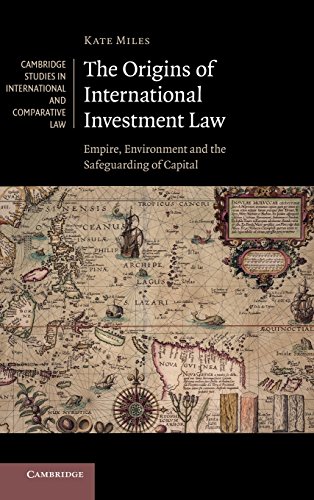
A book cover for The Origins of International Investment Law: Empire, Environment and the Safeguarding of Capital (Cambridge Studies in International and Comparative Law); Kate Miles; Law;